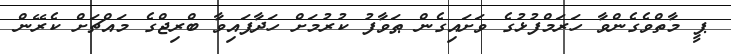
ޕީ މާތްވެގެންވާ ހަރަމްފުޅުގެ ވަށައިގެން ޠަވާފު ކުރުމަށް ހަދާފައިވާ ބްރިޖްގެ މައްޗަށް ކެރޭން